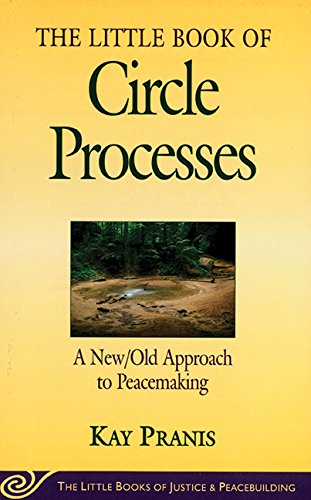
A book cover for The Little Book of Circle Processes : A New/Old Approach to Peacemaking (The Little Books of Justice and Peacebuilding Series) (Little Books of Justice & Peacebuilding); Kay Pranis; Parenting & Relationships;